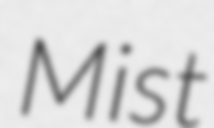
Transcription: Mist